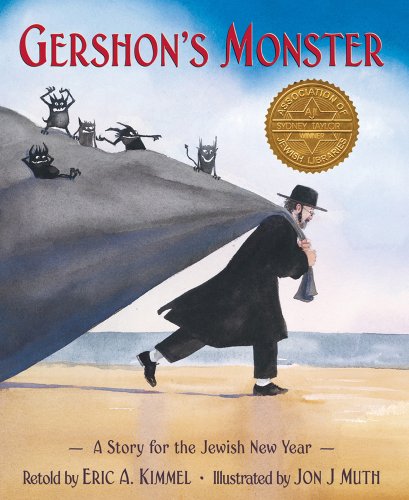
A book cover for Gershon's Monster: A Story for the Jewish New Year; Eric Kimmel; Children's Books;